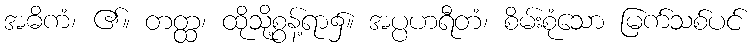
အဓိကံ၊ ၏။ တတ္ထ၊ ထိုသို့စွန့်ရာ၌။ အပ္ပဟရီတံ၊ စိမ်းစုံသော မြက်သစ်ပင်